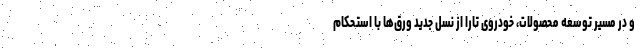
و در مسیر توسعه محصولات، خودروی تارا از نسل جدید ورق‌ها با استحکام